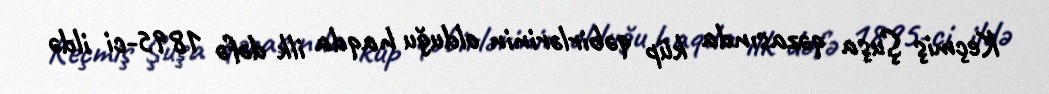
Keçmiş Şuşa qəzasında küp qəbirlərinin olduğu haqda ilk dəfə 1895-ci ildə